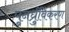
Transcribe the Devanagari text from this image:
पुनर्ध्रुविकरण